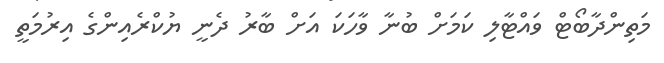
މަތިންދާބޯޓް ވައްޓާލި ކަމަށް ބުނާ ވާހަކަ އަށް ބާރު ދެނީ ޔުކްރެއިންގެ އިރުމަތީ